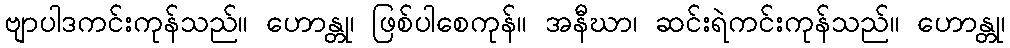
ဗျာပါဒကင်းကုန်သည်။ ဟောန္တု၊ ဖြစ်ပါစေကုန်။ အနီဃာ၊ ဆင်းရဲကင်းကုန်သည်။ ဟောန္တု၊